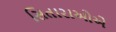
સિતારાઓએ